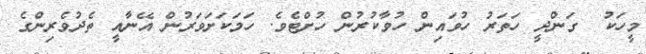
މީހަކު  ގަންދީ ހަތަރު ހުވައިން ހުވާކުރުން ހުށްޓެވެ. ހަމަކަށަވަރުން އޭނާއީ ތެދުވެރިންގެ